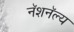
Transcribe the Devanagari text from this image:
नॅशनॅल्य